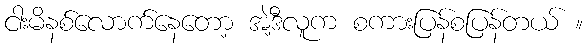
ငါးမိနစ်လောက်နေတော့ အဲ့ဒီလူက စကားပြန်စပြန်တယ် ။